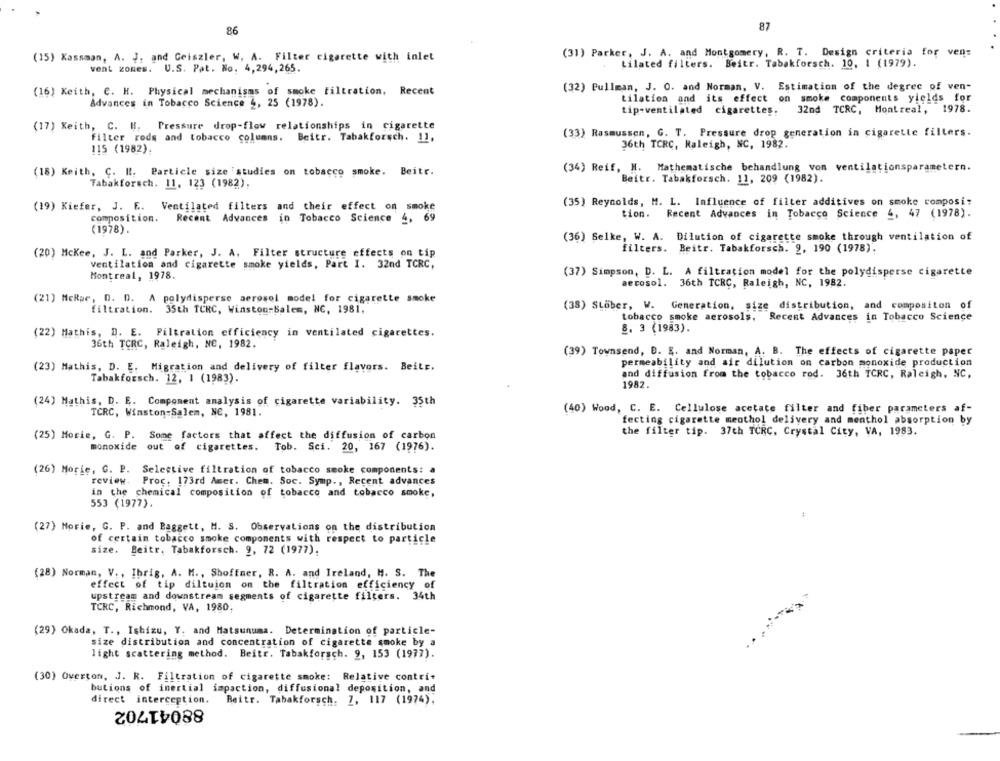
86
87
(31) Parker, J. A. and Montgomery, R. T. Design criteria for ven:
(15) Kassman, A. J, and Geiszler, W. A. Filter cigarette with inlet
vent zones. U.S. Pat. No. 4,294,265.
Lilated filters. Beitr. Tabakforsch. 10, 1 (1979).
(16) Keith, C. H. Physical mechanisms of smoke filtration, Recent
(32) Pullman, J. O. and Norman, V. Estimation of the degree of ven-
tilation and its effect on smoke components yields for
Advances in Tobacco Science 4, 25 (1978).
tip-ventilated cigarettes.
32nd TCRC, Montreal, 1978.
(17) Keith, C. H. Pressure drop-flow relationships in cigarette
filter rods and tobacco columns. Beitr. Tabakforsch. 11,
(33) Rasmussen, G. T. Pressure drop generation in cigarette fillers.
36th TCRC, Raleigh, NC, 1982.
115 (1982).
(34) Reif, H. Mathematische behandlung von ventilationsparametern.
(18) Keith, C. R. Particle size 'studies on tobacco smoke. Beitr.
Beitr. Tabakforsch. 11, 209 (1982).
Tabakforsch. 11, 123 (1982).
(35) Reynolds, M. L. Influence of filter additives on smoke composi:
(19) Kiefer, J. E. Ventilated filters and their effect on smoke
tion. Recent Advances in Tobacco Science 4, 47 (1978).
composition.
Recent Advances in Tobacco Science 4, 69
(1978).
(36) Selke, W. A. Dilution of cigarette smoke through ventilation of
filters. Beitr. Tabakforsch. 9, 190 (1978).
(20) Mckee, J. L. and Parker, J. A. Filter structure effects on tip
ventilation and cigarette smoke yields, Part I. 32nd TCRC,
Montreal, 1978.
(37) Simpson, D. L. A filtration model for the polydisperse cigarette
aerosol. 36th TCRC, Raleigh, NC, 1982.
(21) MeRpe, D. D. A polydisperse aerosol model for cigarette smoke
(38) Stöber, W. Generation, size distribution, and compositon of
filtration. 35th TCRC, Winston-Salem, NC, 1981.
tobacco smoke aerosols, Recent Advances in Tobacco Science
8. 3 (1983).
(22) Mathis, D. E. Filtration efficiency in ventilated cigarettes.
36th TCRC, Raleigh, NC, 1982.
(39) Townsend, D. E. and Norman, A. B. The effects of cigarette paper
permeability and air dilution on carbon monoxide production
(23) Mathis, D. E. Migration and delivery of filter flavors. Beitr.
and diffusion from the tobacco rod. 36th TCRC, Raleigh, NC,
Tabakforsch. 12, 1 (1983).
1982.
(24) Mathis, D. E. Component analysis of cigarette variability. 35th
(40) Wood, C. E. Cellulose acetate filter and fiber parameters af-
TCRC, Winston-Salem, Ne, 1981.
fecting cigarette menthol delivery and menthol absorption by
(25) Morie, G. P. Some factors that affect the diffusion of carbon
the filter tip. 37th TCRC. Crystal City, VA, 1983.
monoxide out of cigarettes.
Tob. Sci. 20, 167 (1976).
(26) Morie, G. P. Selective filtration of tobacco smoke components: a
review. Proc. 173rd Amer. Chem. Soc. Symp ., Recent advances
in the chemical composition of tobacco and tobacco smoke,
553 (1977).
(27) Morie, G. P. and Baggett, M. S. Observations on the distribution
of certain tobacco smoke components with respect to particle
size. Beitr. Tabakforsch. 9, 72 (1977).
(28) Norman, V ., Ibrig, A. M ., Shoffaer, R. A. and Ireland, H. S. The
effect of tip diltuion on the filtration efficiency of
upstream and downstream segments of cigarette filters. 34th
TCRC, Richmond, VA, 1980.
(29) Okada, T ., Ishizu, Y. and Matsunuma. Determination of particle-
size distribution and concentration of cigarette smoke by a
light scattering method. Beitr. Tabakforsch. 9, 153 (1977).
(30) Overton, J. R. Filtration of cigarette smoke: Relative contri-
butions of inertial impaction, diffusional deposition, and
direct interception.
Beitr. Tabakforsch. 7, 117 (1974).
88041702